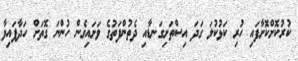
ކުރުކޮށްކޮށާފައި ހުރި ކަޅުކުލަ ގަދަ އިސްތަށިގަނޑާއި ދެތުންފަތުގެ ވަށައިގެން ހުންނަ ގޮތަށް ހަދާފައިވާ